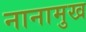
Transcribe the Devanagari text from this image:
नानामुख